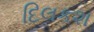
દિલકશ